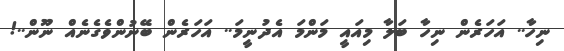
ނިހާ.. އަހަރެން ނިހާ ބަލާ މިއައީ މަންމަ އެދުނީމަ.. އަހަރެން ބޭނުންވެގެނެއް ނޫން..!